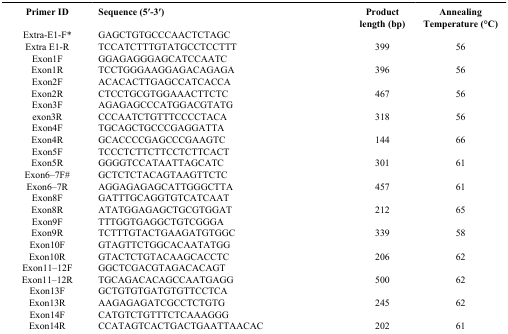
<table><thead><tr><td><b>Primer ID</b></td><td><b>Sequence (5′-3′)</b></td><td><b>Product length (bp)</b></td><td><b>Annealing Temperature (°C)</b></td></tr></thead><tbody><tr><td>Extra-E1-F*</td><td>GAGCTGTGCCCAACTCTAGC</td><td> </td><td> </td></tr><tr><td>Extra E1-R</td><td>TCCATCTTTGTATGCCTCCTTT</td><td>399</td><td>56</td></tr><tr><td>Exon1F</td><td>GGAGAGGGAGCATCCAATC</td><td> </td><td> </td></tr><tr><td>Exon1R</td><td>TCCTGGGAAGGAGACAGAGA</td><td>396</td><td>56</td></tr><tr><td>Exon2F</td><td>ACACACTTGAGCCATCACCA</td><td> </td><td> </td></tr><tr><td>Exon2R</td><td>CTCCTGCGTGGAAACTTCTC</td><td>467</td><td>56</td></tr><tr><td>Exon3F</td><td>AGAGAGCCCATGGACGTATG</td><td> </td><td> </td></tr><tr><td>exon3R</td><td>CCCAATCTGTTTCCCCTACA</td><td>318</td><td>56</td></tr><tr><td>Exon4F</td><td>TGCAGCTGCCCGAGGATTA</td><td> </td><td> </td></tr><tr><td>Exon4R</td><td>GCACCCCGAGCCCGAAGTC</td><td>144</td><td>66</td></tr><tr><td>Exon5F</td><td>TCCCTCTTCTTCCTCTTCACT</td><td> </td><td> </td></tr><tr><td>Exon5R</td><td>GGGGTCCATAATTAGCATC</td><td>301</td><td>61</td></tr><tr><td>Exon6–7F#</td><td>GCTCTCTACAGTAAGTTCTC</td><td> </td><td> </td></tr><tr><td>Exon6–7R</td><td>AGGAGAGAGCATTGGGCTTA</td><td>457</td><td>61</td></tr><tr><td>Exon8F</td><td>GATTTGCAGGTGTCATCAAT</td><td> </td><td> </td></tr><tr><td>Exon8R</td><td>ATATGGAGAGCTGCGTGGAT</td><td>212</td><td>65</td></tr><tr><td>Exon9F</td><td>TTTGGTGAGGCTGTCGGGA</td><td> </td><td> </td></tr><tr><td>Exon9R</td><td>TCTTTGTACTGAAGATGTGGC</td><td>339</td><td>58</td></tr><tr><td>Exon10F</td><td>GTAGTTCTGGCACAATATGG</td><td> </td><td> </td></tr><tr><td>Exon10R</td><td>GTACTCTGTACAAGCACCTC</td><td>206</td><td>62</td></tr><tr><td>Exon11–12F</td><td>GGCTCGACGTAGACACAGT</td><td> </td><td> </td></tr><tr><td>Exon11–12R</td><td>TGCAGACACAGCCAATGAGG</td><td>500</td><td>62</td></tr><tr><td>Exon13F</td><td>GCTGTGTGATGTGTTCCTCA</td><td> </td><td> </td></tr><tr><td>Exon13R</td><td>AAGAGAGATCGCCTCTGTG</td><td>245</td><td>62</td></tr><tr><td>Exon14F</td><td>CATGTCTGTTTCTCAAAGGG</td><td> </td><td> </td></tr><tr><td>Exon14R</td><td>CCATAGTCACTGACTGAATTAACAC</td><td>202</td><td>61</td></tr></tbody></table>